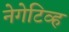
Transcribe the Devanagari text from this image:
नेगेटिव्ह